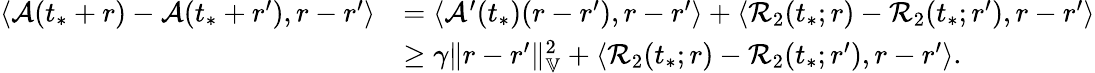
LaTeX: \begin{array}{rl}{\langle\mathcal{A}(t_{*}+r)-\mathcal{A}(t_{*}+r^{\prime}),r-r^{\prime}\rangle}&{=\langle\mathcal{A}^{\prime}(t_{*})(r-r^{\prime}),r-r^{\prime}\rangle+\langle\mathcal{R}_{2}(t_{*};r)-\mathcal{R}_{2}(t_{*};r^{\prime}),r-r^{\prime}\rangle}\\ &{\ge\gamma\| r-r^{\prime}\| _{\mathbb{V}}^{2}+\langle\mathcal{R}_{2}(t_{*};r)-\mathcal{R}_{2}(t_{*};r^{\prime}),r-r^{\prime}\rangle.}\end{array}